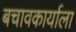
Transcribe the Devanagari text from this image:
बचावकार्याला